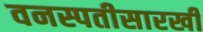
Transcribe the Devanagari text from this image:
वनस्पतीसारखी